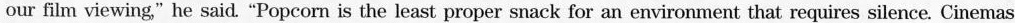
our film viewing," he said. "Popcorn is the least proper snack for an environment that requires silence. Cinemas